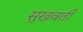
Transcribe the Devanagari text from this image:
सुखवती